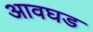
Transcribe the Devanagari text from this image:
आवघड